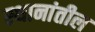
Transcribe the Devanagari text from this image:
स्थानांतील